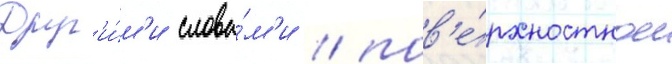
Друг'и́м'и слова́м'и / пов'е́рхностное